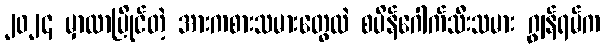
၂၀၂၄ မှာလာပြိုင်တဲ့ အားကစားသမားတွေထဲ စပိန်ဂေါက်သီးသမား ဂျွန်ရမ်က